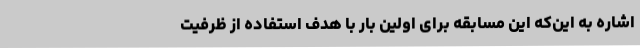
اشاره به این‌که این مسابقه برای اولین بار با هدف استفاده از ظرفیت